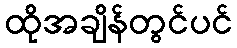
ထိုအချိန်တွင်ပင်